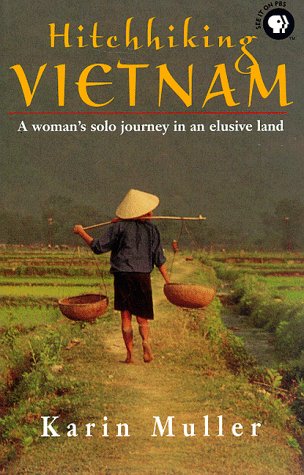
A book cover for Hitchhiking Vietnam: A Woman's Solo Journey in an Elusive Land; Karin Muller; Travel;